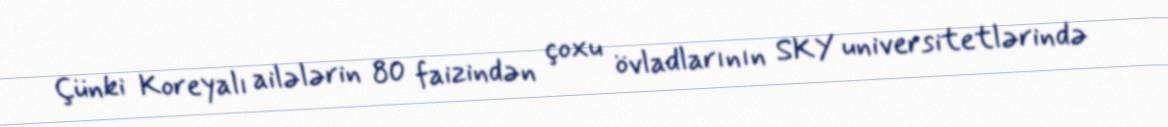
Çünki Koreyalı ailələrin 80 faizindən çoxu övladlarının SKY universitetlərində